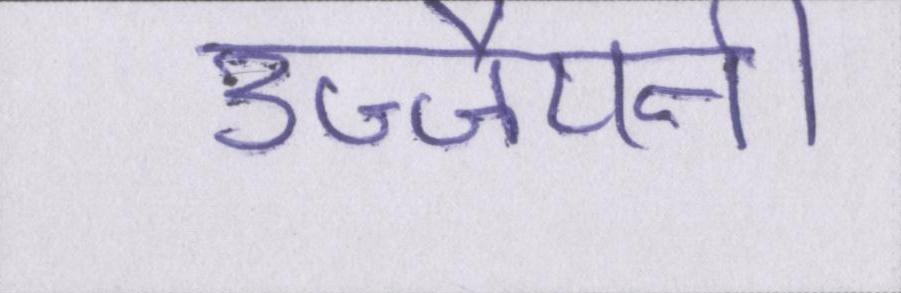
उज्जैयनी